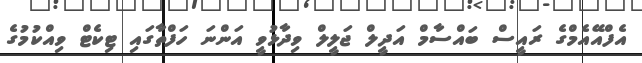
އެފްއޭއެމްގެ ރައީސް ބައްސާމް އަދީލް ޖަލީލް ވިދާޅުވީ އަންނަ ހަފްތާގައި ޓިކެޓް ވިއްކުމުގެ